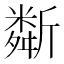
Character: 斴